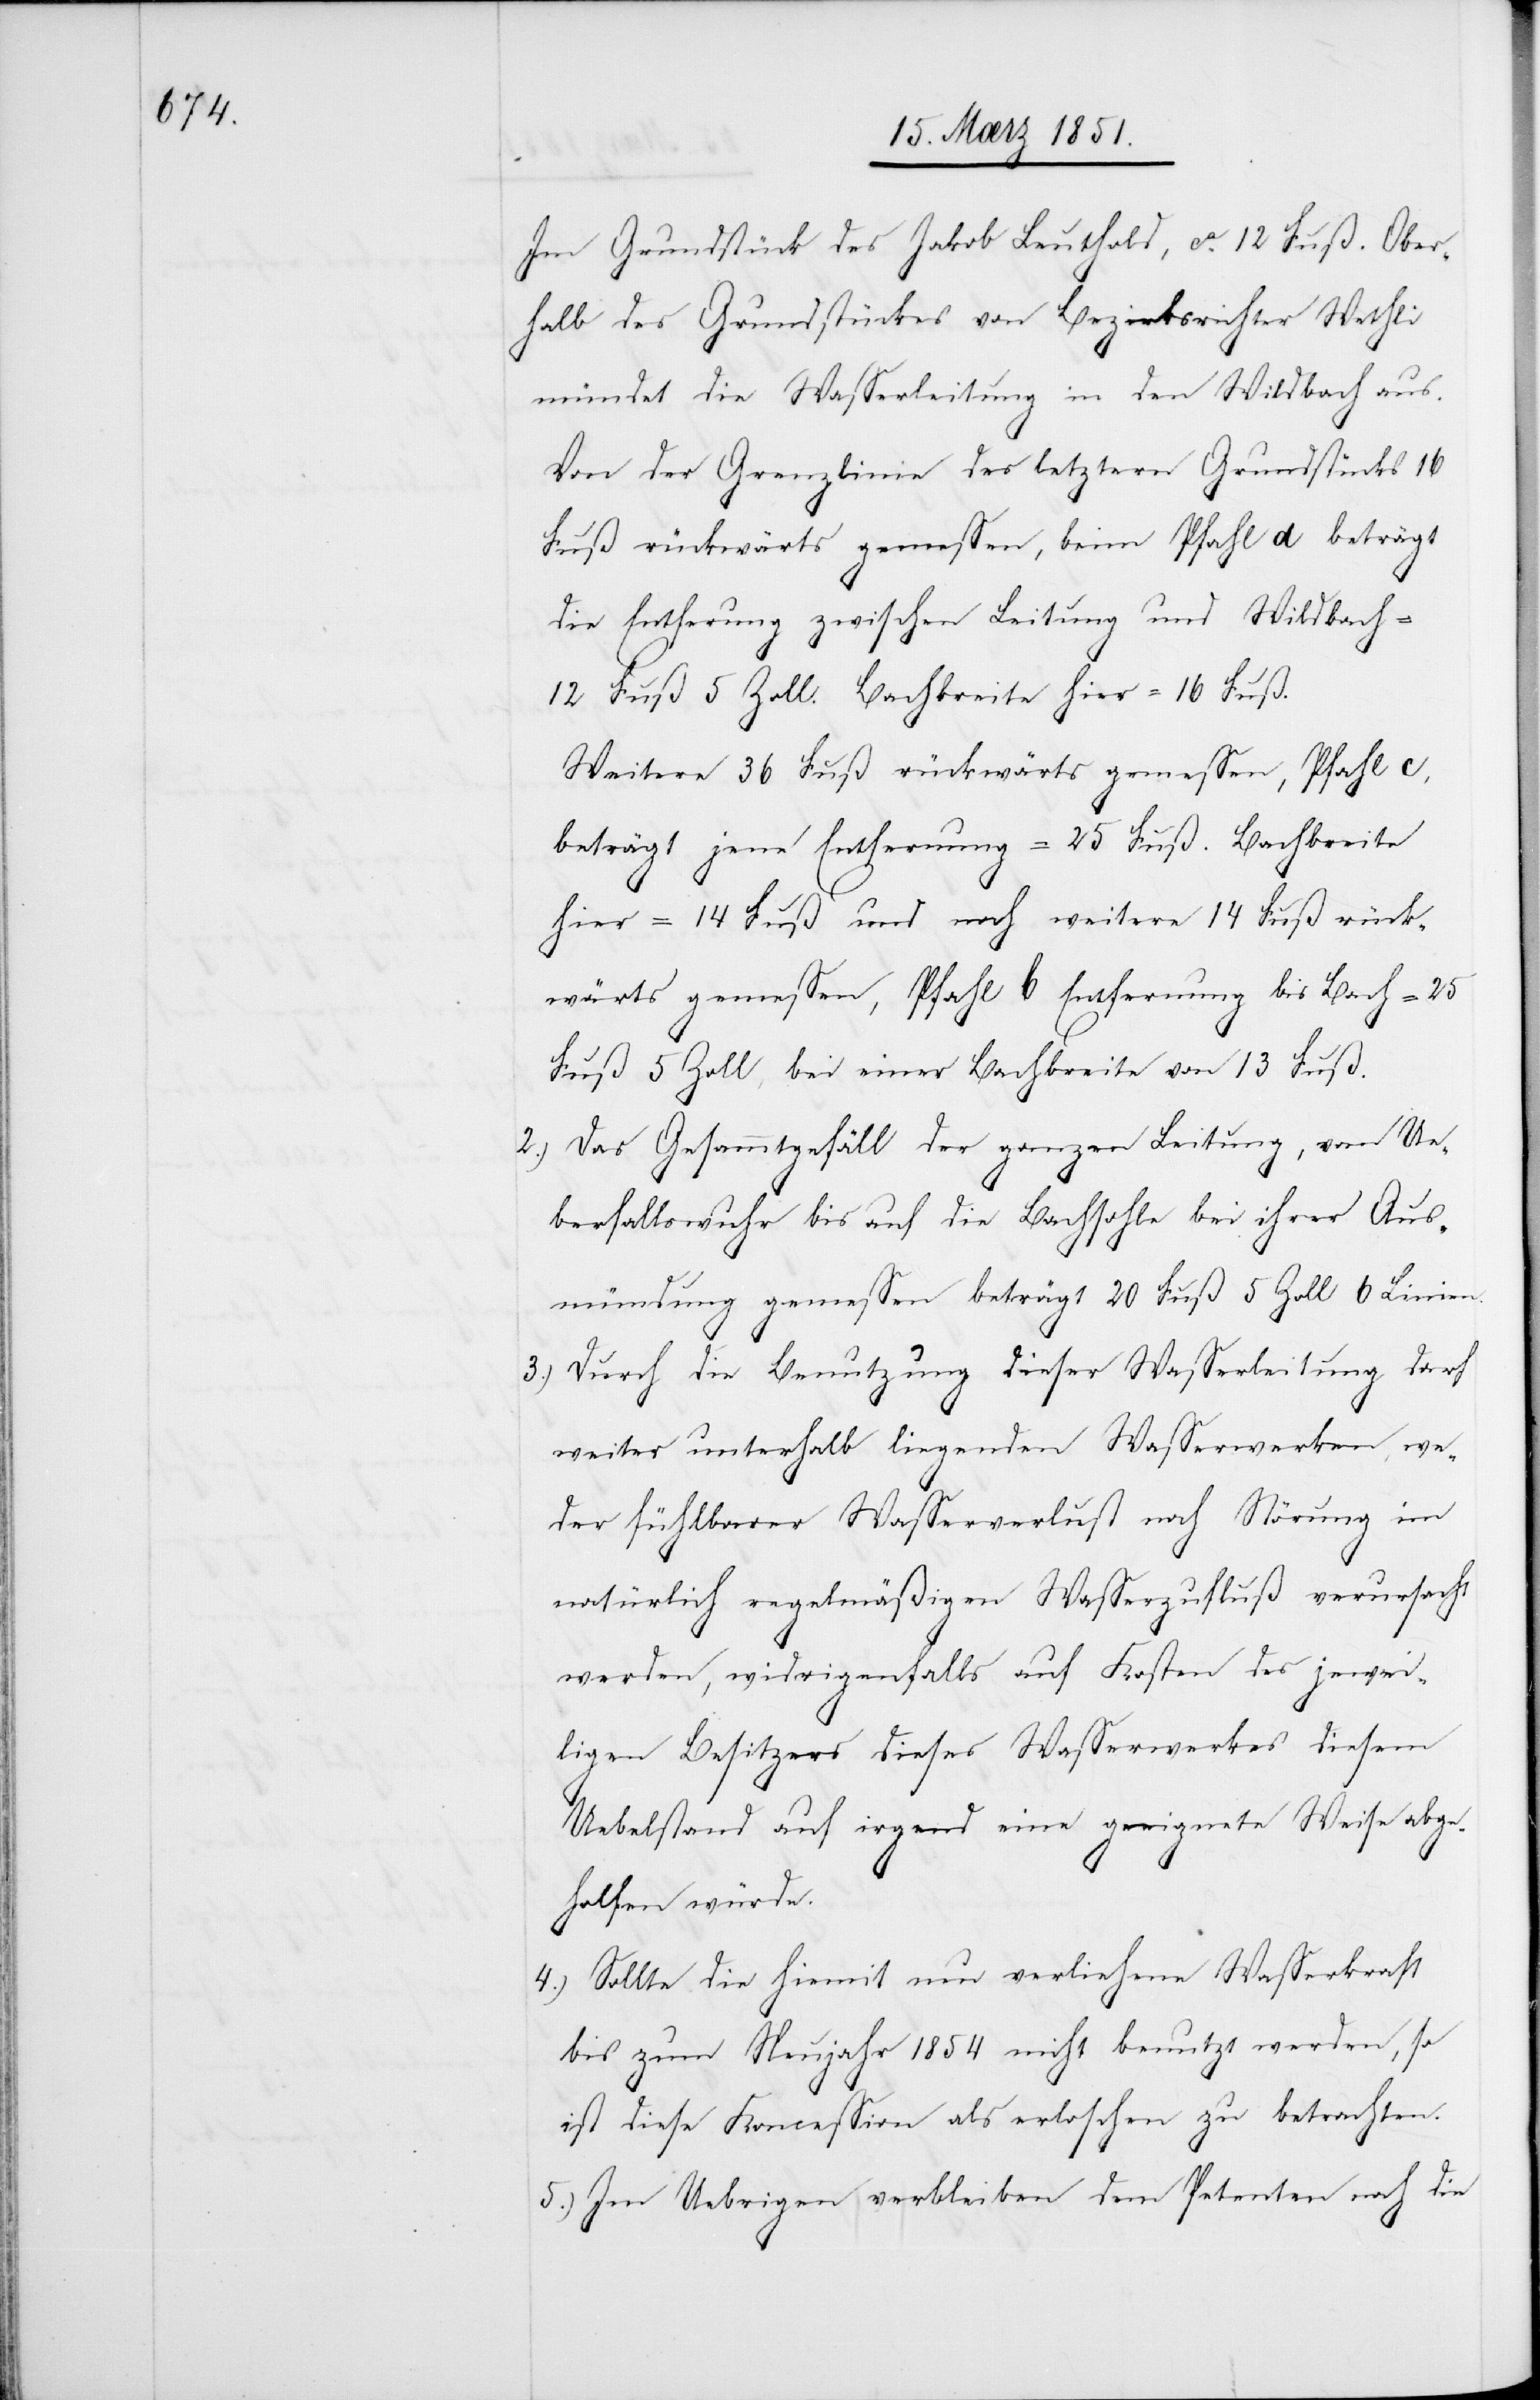
Im Grundstück des Jakob Leuthold, ca. 12 Fuß. Ober¬
halb des Grundstückes von Bezirksrichter Wethli
mündet die Wasserleitung in den Wildbach aus.
Von der Grenzlinie des letztern Grundstücks 16
Fuß rückwärts gemessen, beim Pfahl d beträgt
die Entfernung zwischen Leitung und Wildbach =
12 Fuß 5 Zoll. Bachbreite hier = 16 Fuß.
Weitere 36 Fuß rückwärts gemessen, Pfahl c,
beträgt jene Entfernung = 25 Fuß. Bachbreite
hier = 14 Fuß und noch weitere 14 Fuß rück¬
wärts gemessen, Pfahl b Entfernung bis Bach = 25
Fuß 5 Zoll, bei einer Bachbreite von 13 Fuß.
Das Gesammtgefäll der ganzen Leitung, vom Ue¬
berfallswuhr bis auf die Bachsohle bei ihrer Aus¬
mündung gemessen beträgt 20 Fuß 5 Zoll 6 Linien.
Durch die Benutzung dieser Wasserleitung darf
weiter unterhalb liegenden Wasserwerken, we¬
der fühlbarer Wasserverlust noch Störung im
natürlich regelmäßigen Wasserzufluß verursacht
werden, widrigenfalls auf Kosten des jewei¬
ligen Besitzers dieses Wasserwerkes diesem
Uebelstand auf irgend eine geeignete Weise abge¬
holfen würde.
Sollte die hiemit neu verliehene Wasserkraft
bis zum Neujahr 1854 nicht benutzt werden, so
ist diese Koncession als erloschen zu betrachten.
Im Uebrigen verbleiben dem Petenten noch die